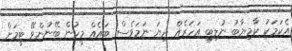
އެކަމަކު ކާމިޔާބު ނުލިބި އަހަރެއް ދިޔަ ނަމަވެސް ބައެއް މީހުން ބޭނުންވޭ ޓީމަށް